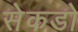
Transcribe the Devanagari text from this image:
सेकडो